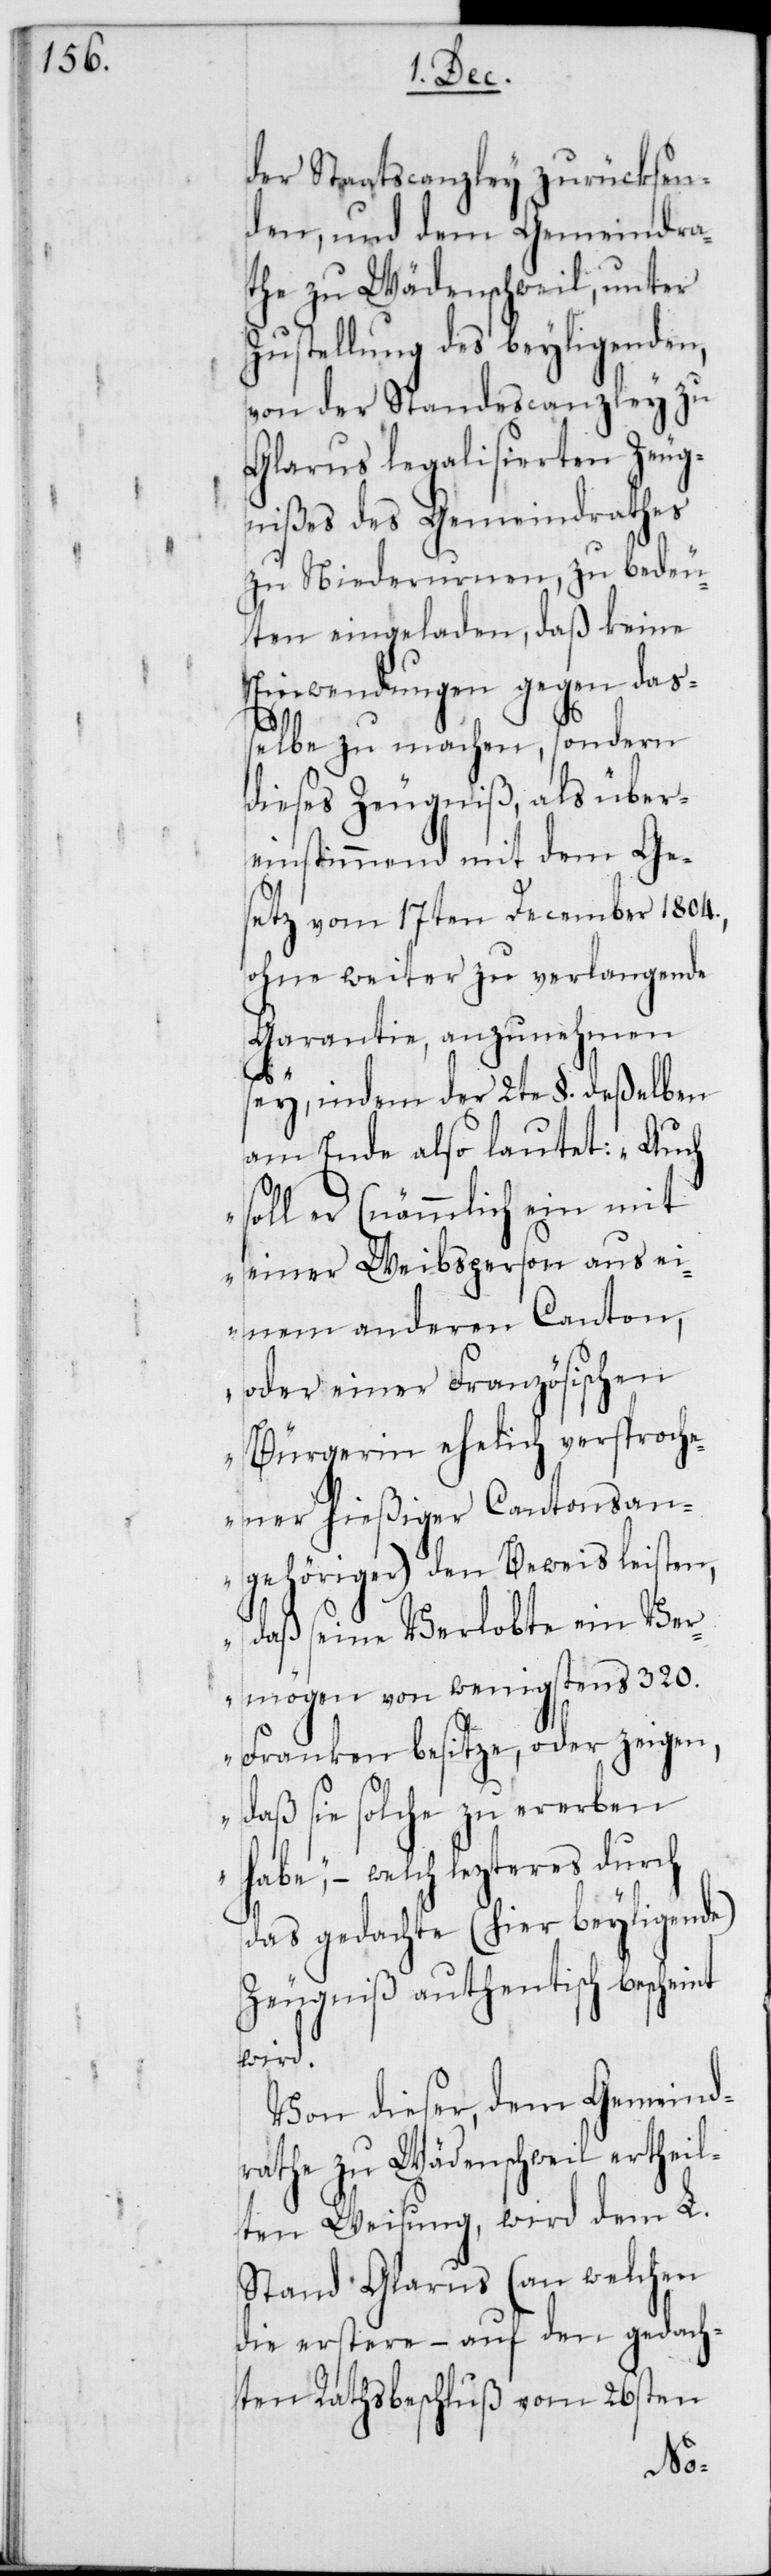
der Staatscanzley zurücksen¬
den, und dem Gemeindra¬
the zu Wädenschweil, unter
Zustellung des beyligenden,
von der Standescanzley zu
Glarus legalisierten Zeug¬
nißes des Gemeindrathes,
zu Niederurnen, zu bedeu¬
ten eingeladen, daß keine
Einwendungen gegen daß¬
elbe zu machen, sondern
dieses Zeugniß, als über¬
einstimmend mit dem Ge¬
setz vom 17ten December 1804.,
ohne weiter zu verlangende
Garantie, anzunehmen
sey, indem der 2te §. deßelben
am Ende also lautet: „Auch
soll er (nämmlich ein mit
einer Weibsperson aus ei¬
nem anderen Canton,
oder einer Französischen
Bürgerin ehelich versproch¬
ener hießiger Cantonsan¬
gehöriger) den Beweis leisten,
daß seine Verlobte ein Ver¬
mögen von wenigsten 320.
Franken besitze, oder zeigen,
daß sie solche zu erwerben
habe,“ – welch lezteres durch
das gedachte (hier beyligende)
Zeugniß authentisch bescheint
wird.
Von dieser, dem Gemeind¬
rathe zu Wädenschweil ertheil¬
ten Weisung, wird dem L.
Stand Glarus (an welchen
die erstere – auf den gedach¬
ten Rathsbeschluß vom 26sten